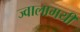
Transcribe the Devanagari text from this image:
ज्‍वालामयी